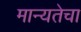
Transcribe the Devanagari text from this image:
मान्यतेचा